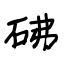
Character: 砩